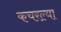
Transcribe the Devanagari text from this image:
कचरल्या